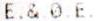
E.&.0.E.